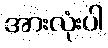
အားလုံးပါ